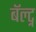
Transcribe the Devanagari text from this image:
बॅल्ट्न